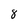
Character: 8